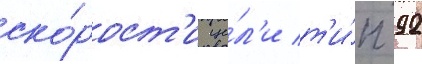
ско́рост'и це́л'и т'и́п 92